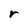
Character: r